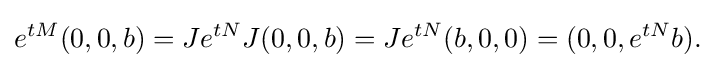
\displaystyle {e^{tM}(0,0,b)=Je^{tN}J(0,0,b)=Je^{tN}(b,0,0)=(0,0,e^{tN}b).}